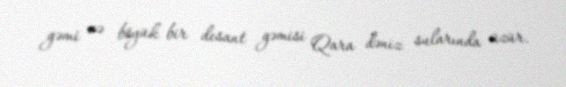
gəmi və böyük bir desant gəmisi Qara dəniz sularında üzür.